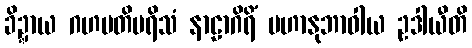
ခိဍ္ဍာယ ဂဟပတိပရိသံ နာဠာဂိရိံ မဟာနုဘာဝါယ ဥဒါယီတိ